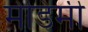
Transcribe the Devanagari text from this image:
मेडिमी